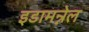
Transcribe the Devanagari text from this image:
इडामन्नेल